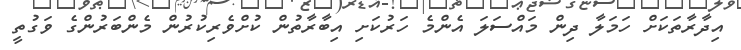
އިދާރާތަކަށް ހަމަލާ ދިން މައްސަލަ އެންމެ ހަރުކަށި އިބާރާތުން ކުށްވެރިކުރުން މެންބަރުންގެ ވަގުތީ